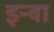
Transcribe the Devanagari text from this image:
इन्वा